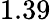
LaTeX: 1.39